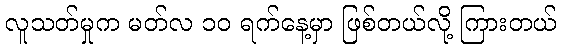
လူသတ်မှုက မတ်လ ၁၀ ရက်နေ့မှာ ဖြစ်တယ်လို့ ကြားတယ်